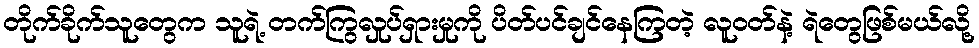
တိုက်ခိုက်သူတွေက သူရဲ့ တက်ကြွလှုပ်ရှားမှုကို ပိတ်ပင်ချင်နေကြတဲ့ လူဝတ်နဲ့ ရဲတွေဖြစ်မယ်လို့